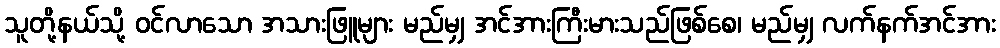
သူတို့နယ်သို့ ဝင်လာသော အသားဖြူများ မည်မျှ အင်အားကြီးမားသည်ဖြစ်စေ၊ မည်မျှ လက်နက်အင်အား